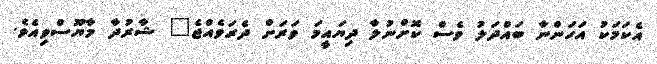
އެކަމަކު އަހަންނާ ބައްދަލު ވެސް ކޮށްނުލާ ދިޔައީމަ ވަރަށް ދެރަވެއްޖެ" ޝާރުދާ މާޔޫސްވިއެވެ.